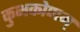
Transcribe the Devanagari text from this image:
कुभकोणम्